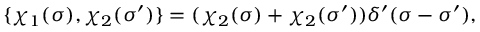
\{ \chi _ { 1 } ( \sigma ) , \chi _ { 2 } ( \sigma ^ { \prime } ) \} = ( \chi _ { 2 } ( \sigma ) + \chi _ { 2 } ( \sigma ^ { \prime } ) ) \delta ^ { \prime } ( \sigma - \sigma ^ { \prime } ) ,